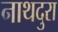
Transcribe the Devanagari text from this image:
नाथदुरा